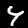
Digit: 4